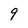
Character: 9